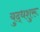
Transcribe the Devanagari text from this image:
युद्धशुरू